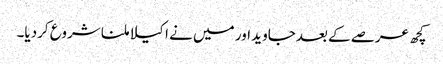
کچھ عرصے کے بعدجاوید اور میں نے ا کیلا ملنا شروع کردیا۔